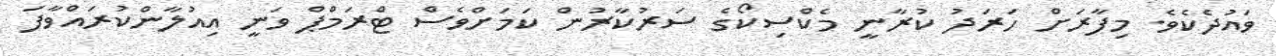
ވައުދެކެވެ. މިފާރަށް ހަރަދު ކުރާނީ މެކްސިކޯގެ ސަރުކާރުން ކަމަށްވެސް ޓްރަމްޕް ވަނީ އިއުލާންކުރައްވާފަ